Tezpur Lunatic Asylum reports 1895-1904 - 1895-1904
Year: 1895
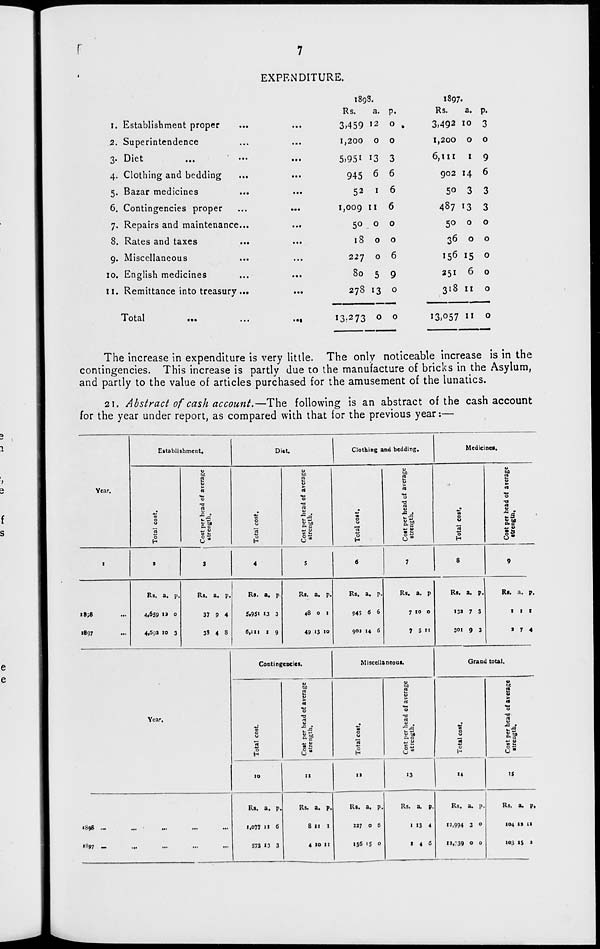
7
EXPENDITURE.
i. Establishment proper
2. Superintendence
3- Diet
4. Clothing and bedding
5. Bazar medicines
6. Contingencies proper
7. Repairs and maintenance...
8. Rates and taxes
9. Miscellaneous
10. English medicines
n. Remittance into treasury ...
Total
...
•••
1893.
1897.
Rs.
a. P-
Rs.
a. P-
3.459 12 0 .
3.492 10 3
1,200
0 0
1,200 O 0
5)95i 13 3
6,111
1
9
945 6 6
902 14 6
52 1 6
50 3 3
1,009 11
6
487 13 3
50 0 0
50 0 0
18 0 0
36 0 0
227 0 6
i5 6 *5 0
80 5 9
251 6 0
278 13 0
318 11 0
i3.- 2 73 0 0
i3.°57 " 0
The increase in expenditure is very little. The only noticeable increase is in the
contingencies. This increase is partly due to the manufacture of bricks in the Asylum,
and partly to the value of articles purchased for the amusement of the lunatics.
21. Abstract of cash account.—The following is an abstract of the cash account
for the year under report, as compared with that for the previous year:—
Year.
Establishment.
Diet.
Clothing and bedding.
Medicines,
a
u
a
0
n
a
■£ ja
cc
0
<3-
H
to
re
o
re
re
■a
-:2
~ u
o
H
o ■
U
o
H
-a
M
t£
o- c
— w
I
a
3
4
5
6
7
8
9
i8;8
1897
Rs. a. p.
4.659 13 0
4,69a 10 3
Rs. a. p.
37 9 4
33 4 8
Rs. a. p
5.95« 13 3
6,111 I 9
Rs. a. p.
48 0 1
49 13 10
Rs. a. p.
943 6 6
901 14 6
Rs. a. p
7 10 0
7 S 11
Rs. a. p.
I3» 7 3
301 9 3
Rs. a. p.
1 1 1
» 7 4
Contingencies.
Miscellaneous.
Grand total.
Year.
c
re
H
fcO
2
s
14
O
•a
-C «
*- t3
0
0
0
0
H
to
a
&
«
0
•a
0
*5
<§5
0
0
0
H
14
te
3
5
"3
■a
a
8.1
<5 2
10
II
ta
•3
IS
• boii .-
...
„,
,,,
,,,
»«97 _
Rs. a. p.
1,077 11 6
573 13 3
Rs. a. p.
8 1! 1
4 10 11
Rs. a. p.
327 0 6
156 is 0
Rs. a. p.
1 13 4
1 4 «
Rs. a. p.
12,994 3 0
<-.;•. 0 0
Rs. a. p.
104 11 11
103 IS a